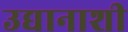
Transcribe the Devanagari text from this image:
उद्यानाशी